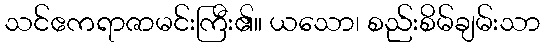
သင်ဧကရာဇာမင်းကြီး၏။ ယသော၊ စည်းစိမ်ချမ်းသာ